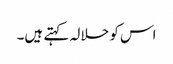
اس کو حلالہ کہتے ہیں۔